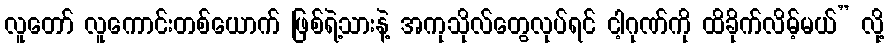
လူတော် လူကောင်းတစ်ယောက် ဖြစ်ရဲ့သားနဲ့ အကုသိုလ်တွေလုပ်ရင် ငါ့ဂုဏ်ကို ထိခိုက်လိမ့်မယ်” လို့